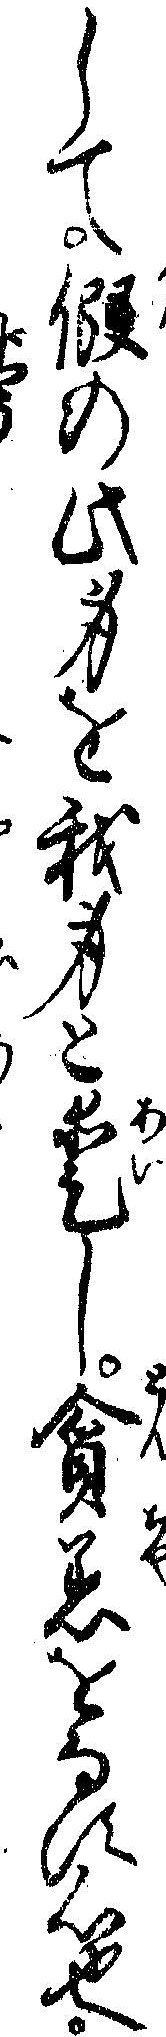
して仮の此身を我身と愛し貪着をなす心也